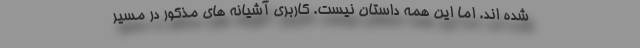
شده اند. اما این همه داستان نیست. کاربری آشیانه های مذکور در مسیر